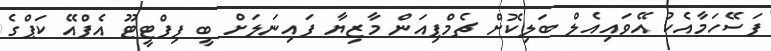
ފަސޭހަމާއެކު އޭވައިއެލް ބަލިކޮށް ޗެމްޕިއަން މާޒިޔާ ފައިނަލަށް ބީ ފިފްޓީޓޫ އެފްއޭ ކަޕްގެ